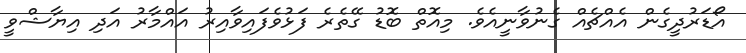
އޯޑަރުދީގެން އެއްޗެއް ގެނުވާނީއެވެ. މިއޮތް ބޮޑު ގޭތެރެ ފަޅުވެފައިވާއިރު އައްމާރު އަދި އިޔާޝްވީ